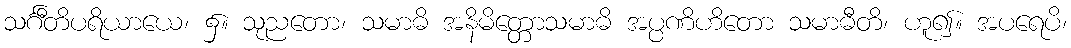
သင်္ဂီတိပရိယာယေ၊ ၌။ သုညတော၊ သမာဓိ အနိမိတ္တောသမာဓိ အပ္ပဏိဟိတော သမာဓီတိ၊ ဟူ၍။ အပရေပိ၊